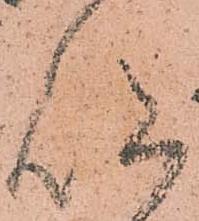
仰